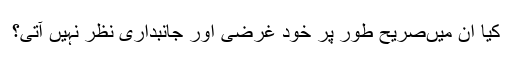
کیا ان میںصریح طور پر خود غرضی اور جانبداری نظر نہیں آتی؟